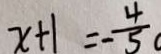
x + 1 = - \frac { 4 } { 5 }